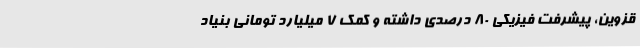
قزوین، پیشرفت فیزیکی 80 درصدی داشته و کمک 7 میلیارد تومانی بنیاد